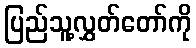
ပြည်သူ့လွှတ်တော်ကို